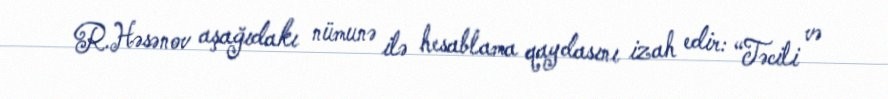
R.Həsənov aşağıdakı nümunə ilə hesablama qaydasını izah edir: “Təcili və